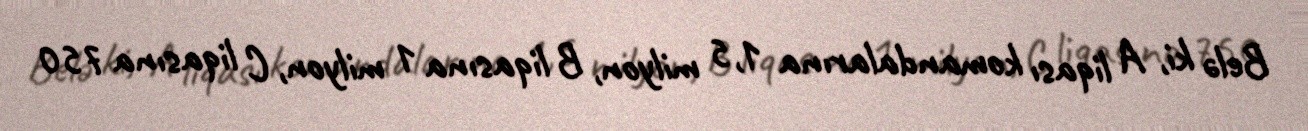
Belə ki, A liqası komandalarına 1,5 milyon, B liqasına 1 milyon, C liqasına 750